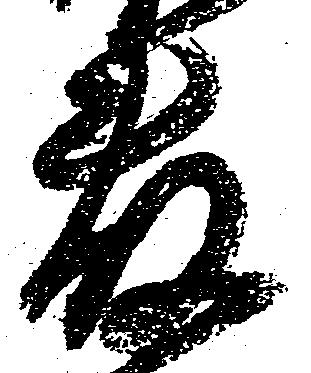
藤